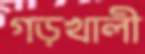
গড়খালী